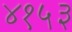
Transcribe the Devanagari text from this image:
४१५३